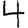
Digit: 4